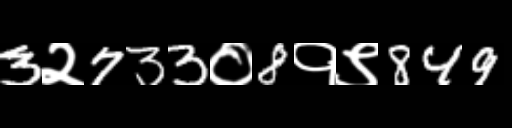
Text: 3२733०8१९849